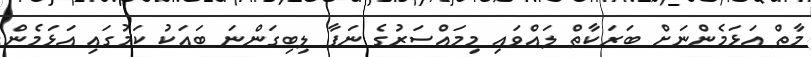
މާތް އަޅަމެންނަށް ބަރަކާތް ލައްވައި މިމައްސަރުގެ ނަފާ ލިބިގަންނަ ބައަކު ކަމުގައި އަޅަމެން